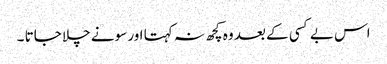
اس بے کسی کے بعد وہ کچھ نہ کہتا اور سونے چلا جاتا ۔